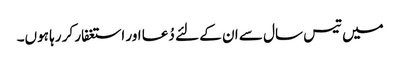
میں تیس سال سے ان کے لئے دُعا اور استغفار کر رہا ہوں۔